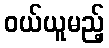
ဝယ်ယူမည့်